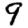
Digit: 9